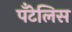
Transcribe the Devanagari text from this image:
पँटेलिस